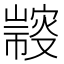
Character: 𢅢